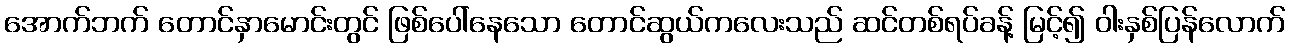
အောက်ဘက် တောင်နှာမောင်းတွင် ဖြစ်ပေါ်နေသော တောင်ဆွယ်ကလေးသည် ဆင်တစ်ရပ်ခန့် မြင့်၍ ဝါးနှစ်ပြန်လောက်